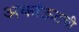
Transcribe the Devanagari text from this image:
अकांऊटची